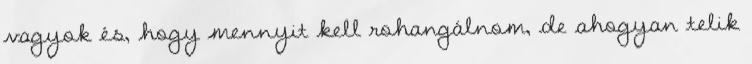
vagyok és, hogy mennyit kell rohangálnom, de ahogyan telik